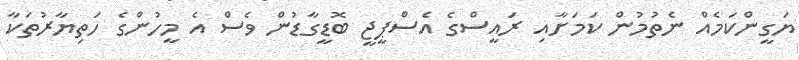
ޔަގީންކަމެއް ނެތުމުން ކަމަށާއި ރައީސްގެ އެސްޕީޖީ ބޮޑީގާޑުން ވެސް އެ މީހުންގެ ހަތިޔާރުތަކާ